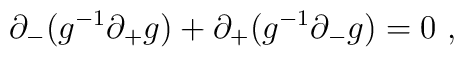
\partial_-(g^{-1} \partial_+ g) + \partial_+(g^{-1} \partial_- g) = 0\ ,